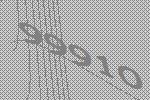
99910